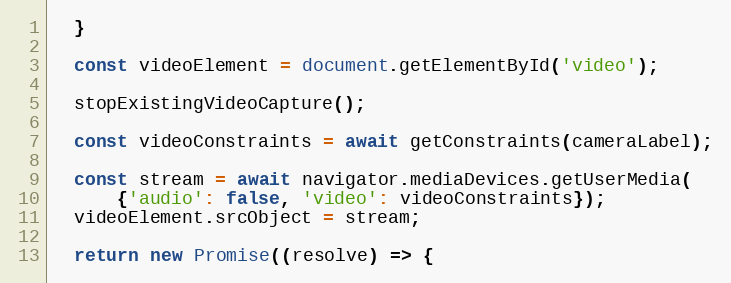
Language: JavaScript
  }

  const videoElement = document.getElementById('video');

  stopExistingVideoCapture();

  const videoConstraints = await getConstraints(cameraLabel);

  const stream = await navigator.mediaDevices.getUserMedia(
      {'audio': false, 'video': videoConstraints});
  videoElement.srcObject = stream;

  return new Promise((resolve) => {